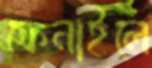
ফেনাইলে